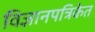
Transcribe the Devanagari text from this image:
विज्ञानपत्रिकेत